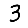
Digit: 3